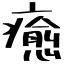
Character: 癒